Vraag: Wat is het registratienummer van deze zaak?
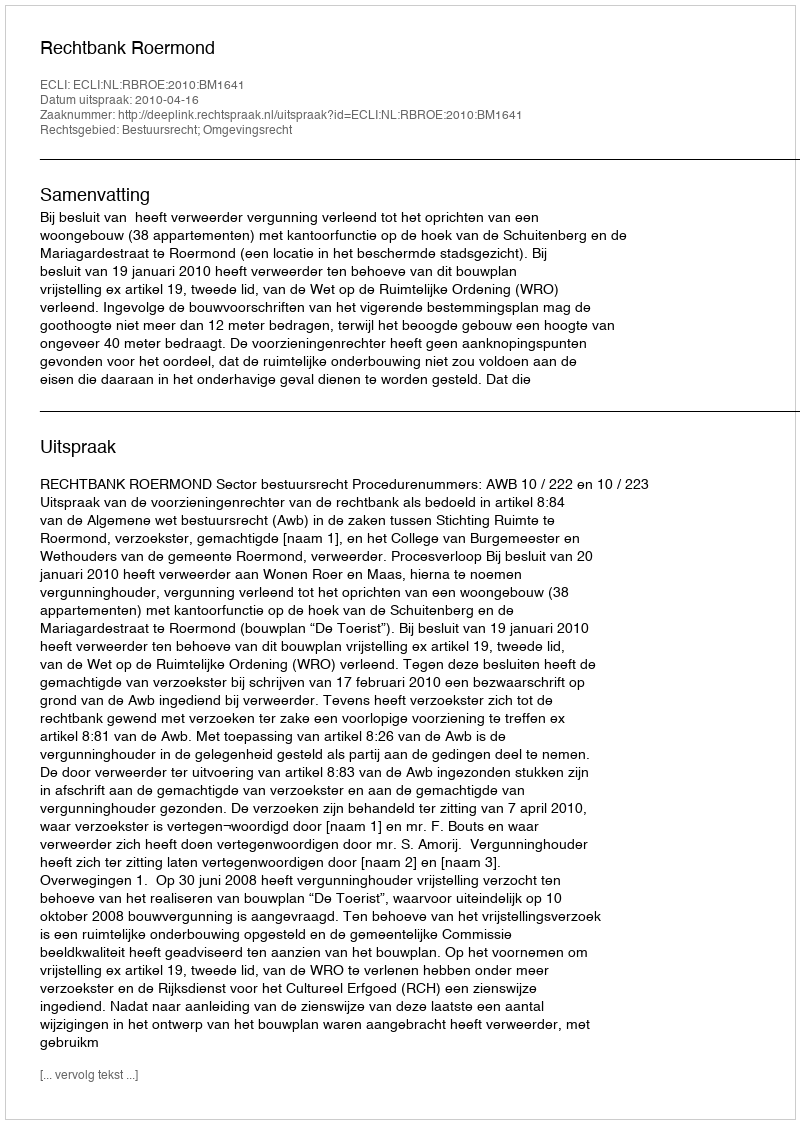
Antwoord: http://deeplink.rechtspraak.nl/uitspraak?id=ECLI:NL:RBROE:2010:BM1641